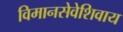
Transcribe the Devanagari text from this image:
विमानसेवेशिवाय